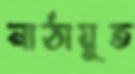
নাঠায়ুত